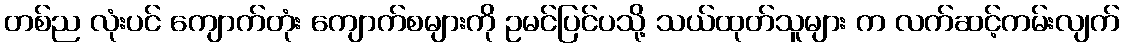
တစ်ည လုံးပင် ကျောက်တုံး ကျောက်စများကို ဥမင်ပြင်ပသို့ သယ်ထုတ်သူများ က လက်ဆင့်ကမ်းလျက်